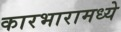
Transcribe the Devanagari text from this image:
कारभारामध्ये